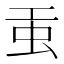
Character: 𧈫